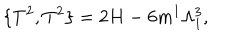
LaTeX: \{ T ^ { 2 } , T ^ { 2 } \} = 2 H - 6 m ^ { 1 } \Lambda _ { 1 } ^ { 3 } ,